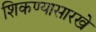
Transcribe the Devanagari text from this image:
शिकण्यासारखे